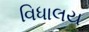
વિધાલય